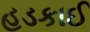
હડકાઈ